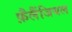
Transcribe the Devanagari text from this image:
फ़ैलैंजियल